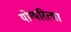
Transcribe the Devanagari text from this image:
योग्यरित्या